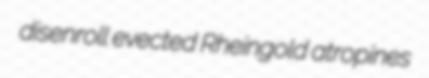
disenroll evected Rheingold atropines